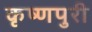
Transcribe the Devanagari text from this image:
कृष्णपुरी